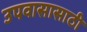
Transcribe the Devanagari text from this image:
उपवासासाठी